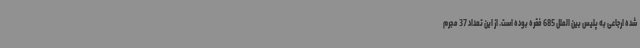
شده ارجاعی به پلیس بین الملل 685 فقره بوده است. از این تعداد 37 مجرم